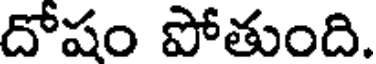
దోషం పోతుంది.